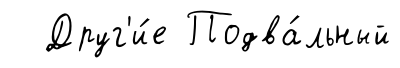
Друг'и́е Подва́льный